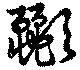
彲